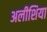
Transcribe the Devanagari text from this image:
अलीशिया